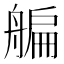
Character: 艑